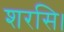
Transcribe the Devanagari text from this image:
शरसि।